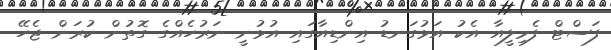
ފަސްޓް ފެމިލީއާ އެކު އަޅުގަނޑު އިންޑިއާގައި އުޅުނީ ނަރުހެއްގެ ގޮތުން ކުރަން ޖެހޭ